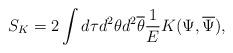
LaTeX: \begin{align*}S_K = 2\int d \tau d^2 \theta d^2 \overline{\theta}\frac{1}{E}K(\Psi,\overline{\Psi}),\end{align*}